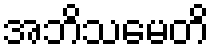
အဘိသမေတိ